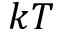
k T